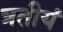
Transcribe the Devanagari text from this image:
त्रतीयं